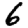
Digit: 6